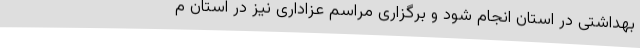
بهداشتی در استان انجام شود و برگزاری مراسم عزاداری نیز در استان م